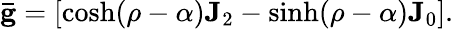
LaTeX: \mathbf{\bar{g}}=[\cosh(\rho-\alpha)\mathbf{J}_{2}-\sinh(\rho-\alpha)\mathbf{J}_{0}].